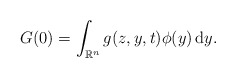
\begin{align*} G(0)= \int_{\mathbb{R}^{n}}g(z,y,t) \phi(y)\,\mathrm{d}y. \end{align*}